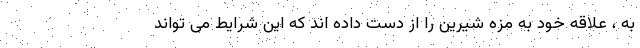
به ، علاقه خود به مزه شیرین را از دست داده اند که این شرایط می تواند